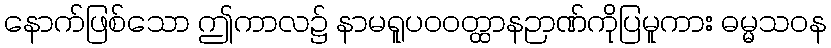
နောက်ဖြစ်သော ဤကာလ၌ နာမရူပဝဝတ္ထာနဉာဏ်ကိုပြမူကား ဓမ္မသဝန